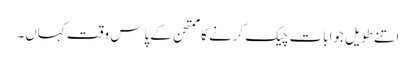
اتنے طویل جوابات چیک کرنے کا ممتحن کے پاس وقت کہاں۔